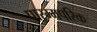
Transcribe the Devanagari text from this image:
पारम्मपरिक